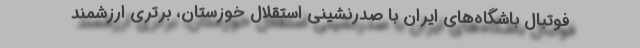
فوتبال باشگاه‌های ایران با صدرنشینی استقلال خوزستان، برتری ارزشمند